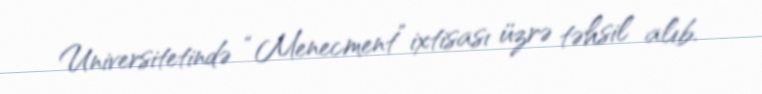
Universitetində “Menecment” ixtisası üzrə təhsil alıb.